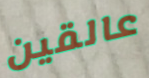
عالقين